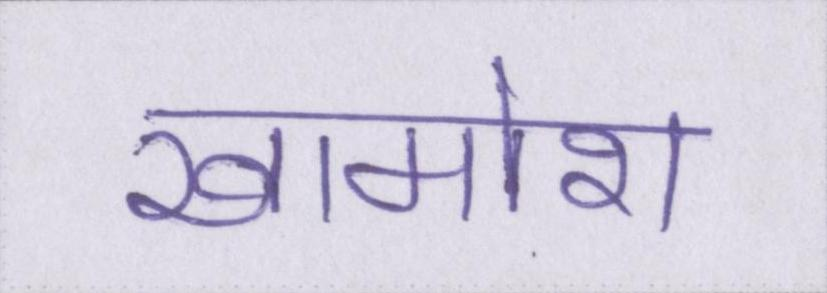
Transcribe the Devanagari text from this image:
खामोश